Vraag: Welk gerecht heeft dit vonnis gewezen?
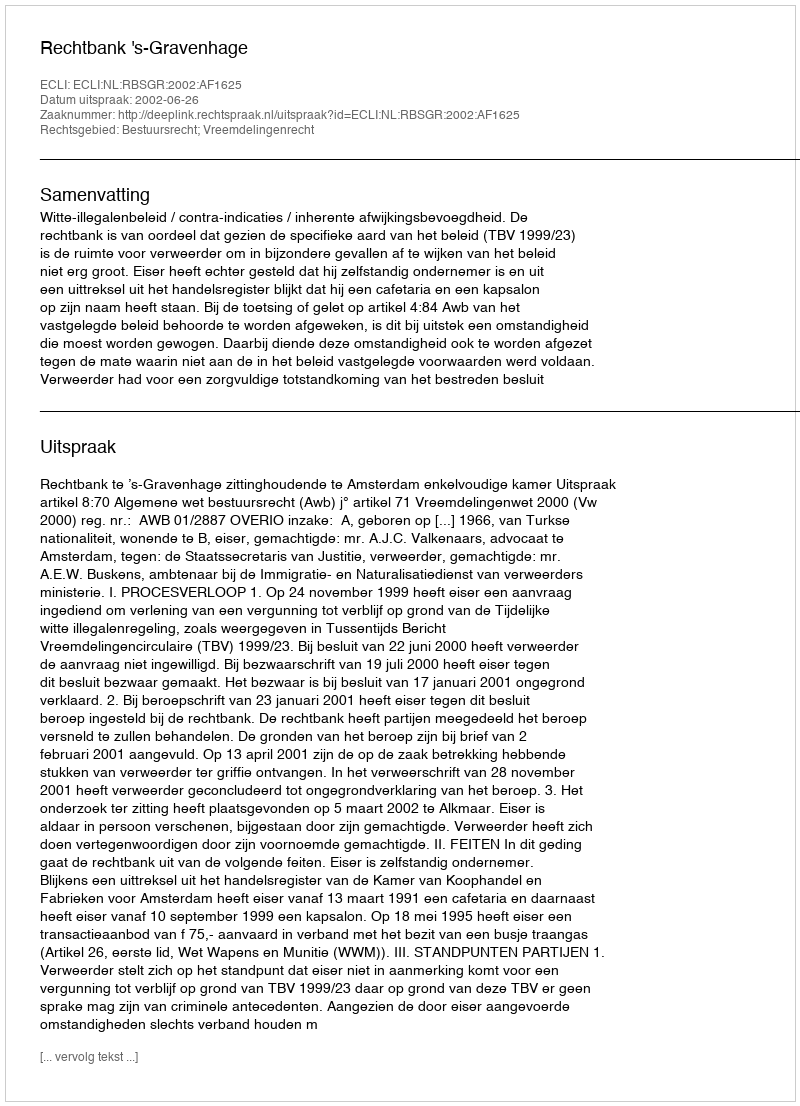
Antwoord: Rechtbank 's-Gravenhage